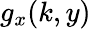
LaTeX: g_{x}(k,y)